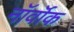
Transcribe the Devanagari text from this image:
नॉर्वॉक